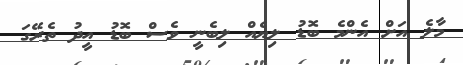
މާލެ އަށް އެންމެ ބޮޑު ލިޔެއް ލިބެނީ ވެސް ބޮޑު އީދު ތެރޭގަ